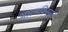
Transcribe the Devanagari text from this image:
आत्‍मविस्‍मृत